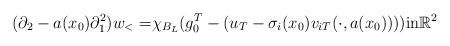
LaTeX: \begin{align*} (\partial_2 - a(x_0)\partial_1^2 ) w_< = & \chi_{B_L} (g_0^T -( u_T - \sigma_i(x_0)v_{iT}(\cdot, a(x_0)) ) ) \textrm{in} \mathbb{R}^2 \end{align*}